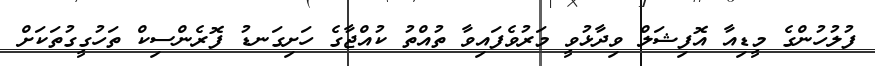
ފުލުހުންގެ މީޑިއާ އޮފިޝަލް ވިދާޅުވީ މަރުވެފައިވާ ތުއްތު ކުއްޖާގެ ހަށިގަނޑު ފޮރެންސިކް ތަހުގީގުތަކަށް